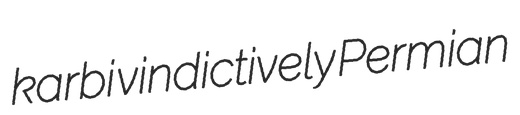
karbi vindictively Permian